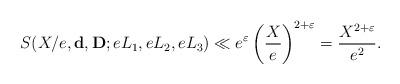
LaTeX: \begin{align*}S(X/e,\mathbf{d},\mathbf{D};eL_1,eL_2,eL_3)\ll e^\varepsilon \left(\frac{X}{e}\right)^{2+\varepsilon}=\frac{X^{2+\varepsilon}}{e^2}.\end{align*}